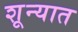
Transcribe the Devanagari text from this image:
शून्यात